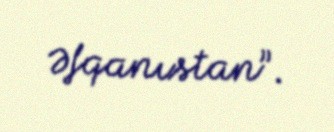
Əfqanıstan”.